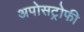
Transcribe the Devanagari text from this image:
अपोसट्रोफी